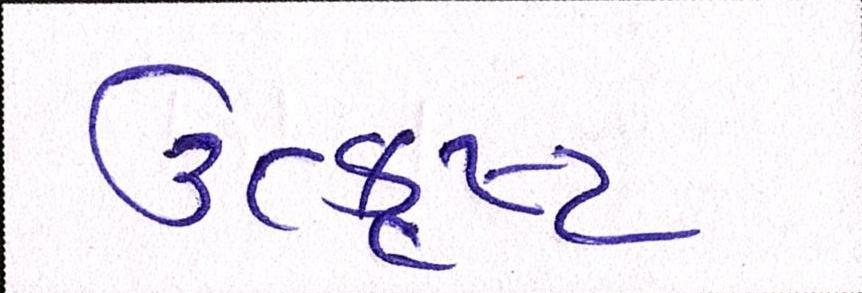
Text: ઉત્કૃષ્ટ